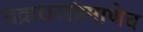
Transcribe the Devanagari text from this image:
चक्रधरांप्रमाणेच